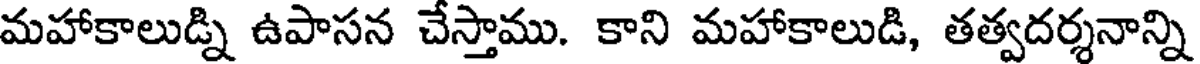
మహాకాలుడ్ని ఉపాసన చేస్తాము. కాని మహాకాలుడి, తత్వదర్శనాన్ని